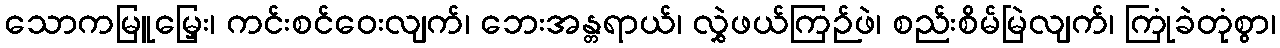
သောကမြူမြှေး၊ ကင်းစင်ဝေးလျက်၊ ဘေးအန္တရာယ်၊ လွှဲဖယ်ကြဉ်ဖဲ၊ စည်းစိမ်မြဲလျက်၊ ကြုံခဲတုံစွာ၊